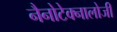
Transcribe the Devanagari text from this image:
नैनोटेक्नालोजी